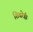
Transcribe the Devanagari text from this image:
शिखरेही